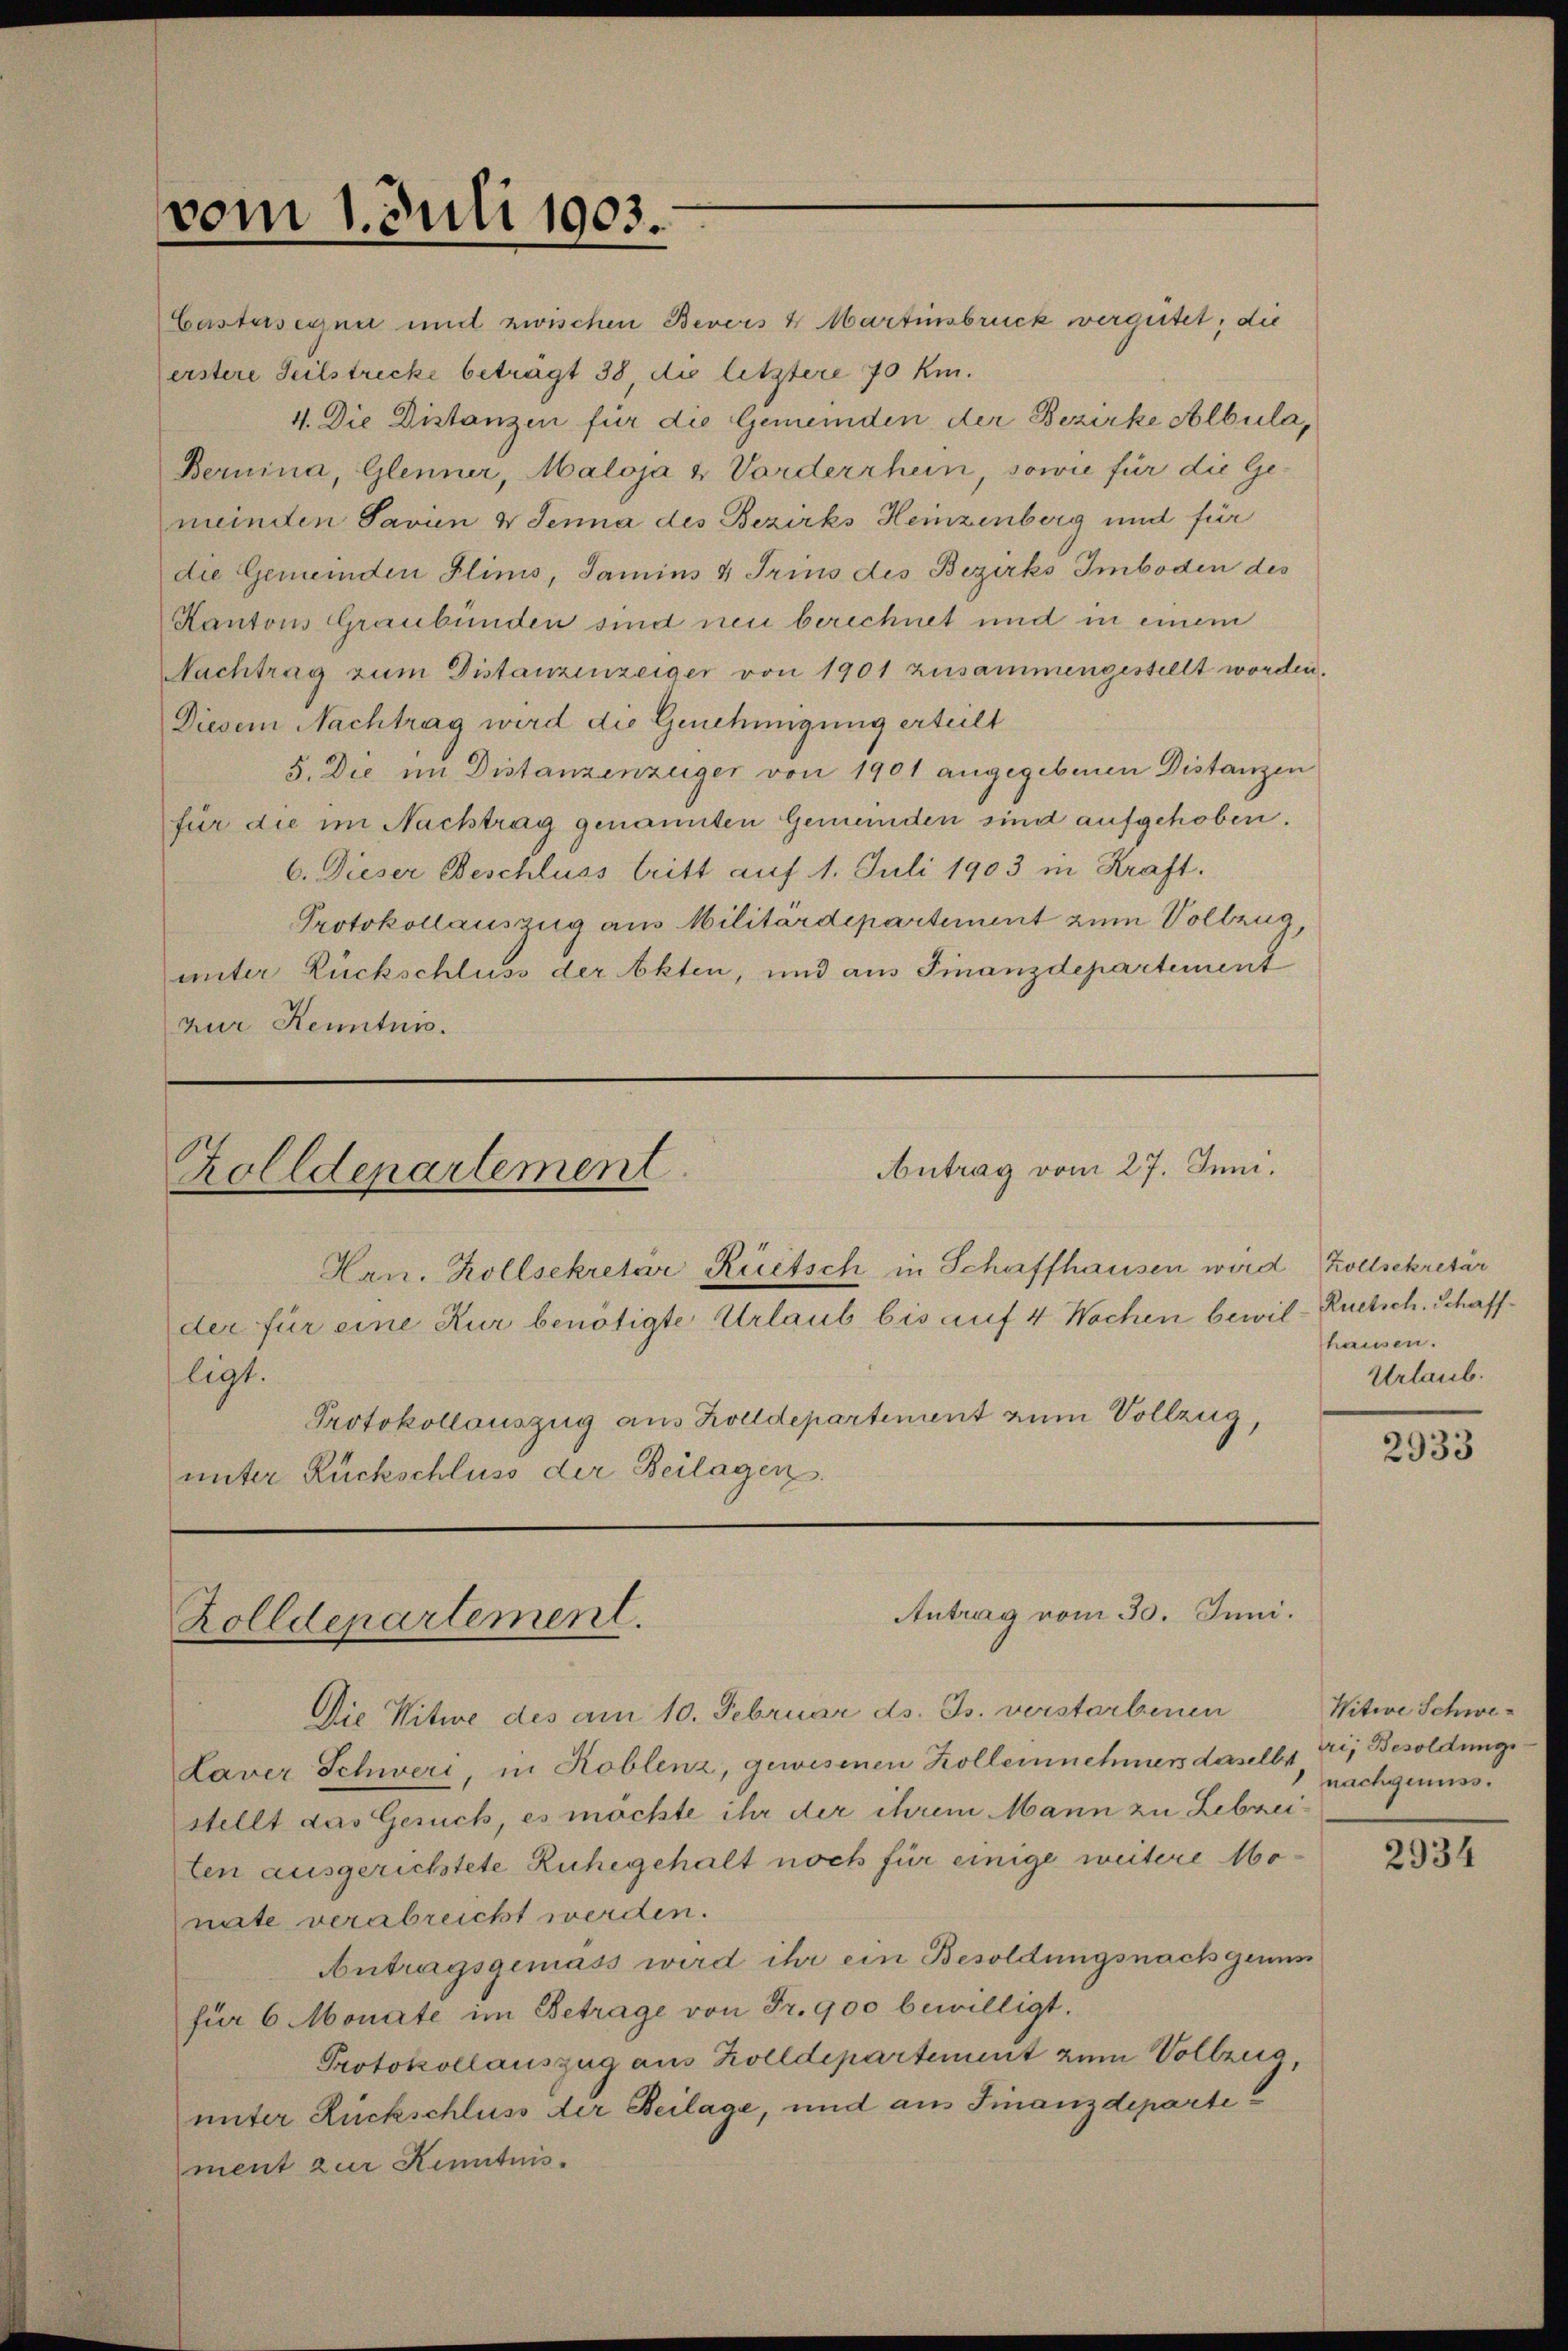
vom 1. Juli 1903.

Castaseyna mit zwischen Bevers 4 Martinsbruck vergütet, die
erstere Teilstrecke betragt 38, die letztere 70 km.
4. Die Distanzen für die Gemeinden der Bezirke Albula,
Bernina, Glenner, Maloja & Vorderrhein, sowie für die Ge-
minden Savien & Jenna des Bezirks Heinzenberg und für
die Gemeinden Flims, Jamins & Trins des Bezirks Imboden des
Kantons Graubünden sind neu berechnet und in einem
Nachtrag zum Distanzenzeiger von 1901 zusammengestellt worden.
Diesem Nachtrag wird die Genehmigung erteilt
5. Die im Distanzenzeiger von 1901 angegebenen Distanzen
für die im Nachtrag genannten Gemeinden sind aufgehoben.
6. Dieser Beschluss tritt auf 1. Juli 1903 in Kraft.
Protokollauszug aus Militärdepartiment zum Vollzug,
unter Rückschluss der Akten, und aus Finanzdepartement
zur Kenntnis.

Antrag vom 27. Juni.
Zolldenartement
Hrn. Kollsekretär Rüetsch in Schaffhausen wird Zollsekretär
der für eine Kur benötigte Urlaub bis auf 4 Wochen bewil
ligt.
Protokollauszug aus Zolldepartement zum Vollzug,
unter Rückschluss der Beilagen.

Antrag vom 30. Juni.
Zolldepartement.

Die Witwe des am 10. Februar ds. Js. verstarbenen
Laver Schweri, in Koblenz, gewesenen Kollernehmers daselbst
stellt das Gesuch, es möchte ihr der ihrem Mann zu Lebzeilen ausgerichtete Ruhegehalt noch für einige weitere Monate verabreicht werden.
Antragsgemäss wird ihr ein Besoldungsnach gerun
für 6 Monate im Betrage von Fr. 900 bewilligt.
Protokollauszug aus Zolldepartement zum Vollzug,
unter Rückschluss der Beilage, und aus Finanzdeparte
ment zur Kenntnis.

Ruetsch. Schaffhausen.
Urlaub.

2933

Witwe Schweri, Besoldung
nachgenuss.

2934